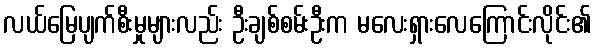
လယ်မြေပျက်စီးမှုများလည်း ဦးချစ်စမ်းဦးက မလေးရှားလေကြောင်းလိုင်း၏